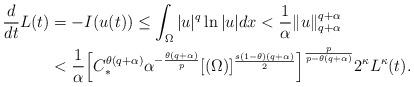
LaTeX: \begin{align*}\frac{d}{dt}L(t)&=-I(u(t))\le \int_\Omega |u|^q\ln|u|dx<\frac{1}{\alpha}\|u\|_{q+\alpha}^{q+\alpha}\\&<\frac 1\alpha\Big[C_*^{\theta(q+\alpha)}\alpha^{-\frac{\theta(q+\alpha)}{p}}[(\Omega)]^{\frac{s(1-\theta)(q+\alpha)}{2}}\Big]^{\frac{p}{p-\theta(q+\alpha)}}2^\kappa L^\kappa(t).\end{align*}